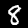
Label: 8